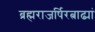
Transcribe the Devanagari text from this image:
ब्रह्मराजर्षिरत्नाढ्यां